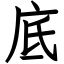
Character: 底